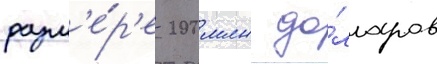
разм'е́р'е 200 млн до́лларов